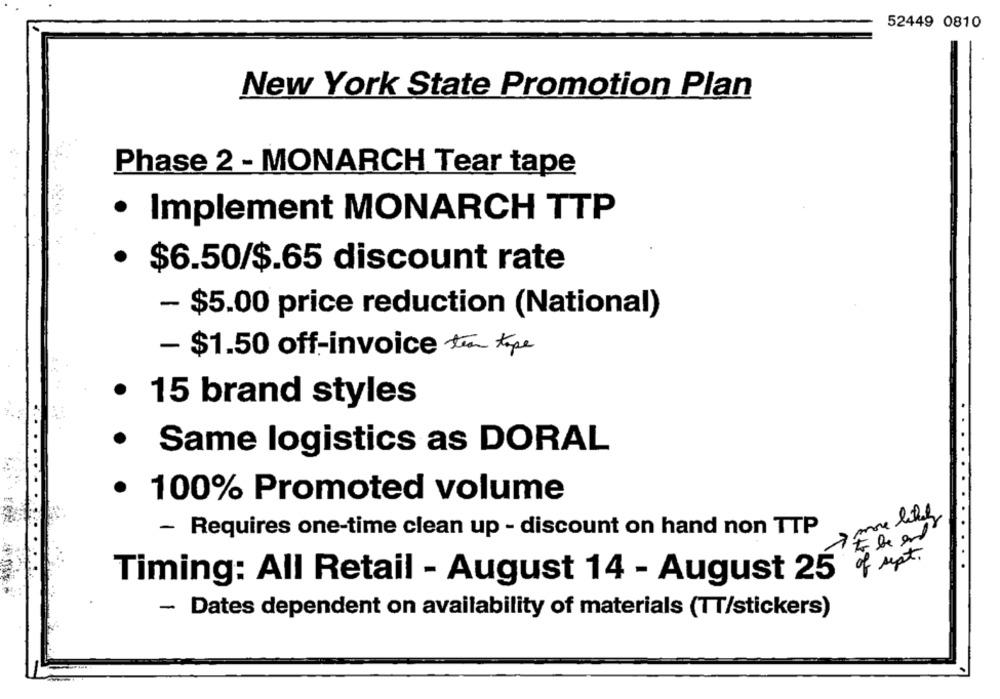
52449 0810
New York State Promotion Plan
Phase 2 - MONARCH Tear tape
· Implement MONARCH TTP
· $6.50/$.65 discount rate
- $5.00 price reduction (National)
- $1.50 off-invoice ten tape
· 15 brand styles
· Same logistics as DORAL
· 100% Promoted volume
- Requires one-time clean up - discount on hand non TTP
to be and
of sept.
Timing: All Retail - August 14 - August 25
- Dates dependent on availability of materials (TT/stickers)